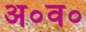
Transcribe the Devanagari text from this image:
अ०व०